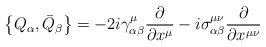
\begin{align*}\bigl\{Q_\alpha,\bar Q_\beta\bigr\}=-2i\gamma^\mu_{\alpha\beta}\frac{\partial}{\partial x^\mu}-i\sigma^{\mu\nu}_{\alpha\beta}\frac{\partial}{\partial x^{\mu\nu}}\end{align*}